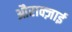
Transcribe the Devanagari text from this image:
औराक्ज़ाई